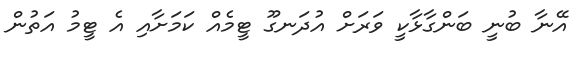
އޭނާ ބުނީ ބަންގާޅާކީ ވަރަށް އުދަނގޫ ޓީމެއް ކަމަށާއި އެ ޓީމު އަތުން